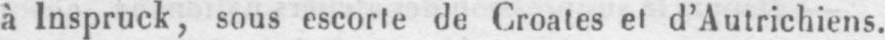
à Inspruck, sous escorte de Croates et d’Autrichiens.